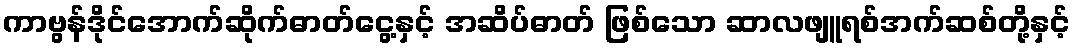
ကာဗွန်ဒိုင်အောက်ဆိုက်ဓာတ်ငွေ့နှင့် အဆိပ်ဓာတ် ဖြစ်သော ဆာလဖျူရစ်အက်ဆစ်တို့နှင့်